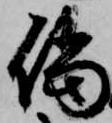
儅